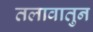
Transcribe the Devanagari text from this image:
तलावातुन